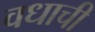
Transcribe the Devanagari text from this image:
वधाची